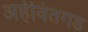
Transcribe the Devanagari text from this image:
अहीवंतगड